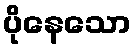
ပိုနေသော